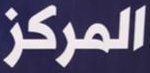
المركز